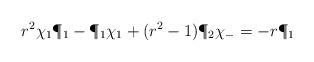
LaTeX: \begin{align*}r^2 \chi_1 \P_1-\P_1 \chi_1+(r^2-1) \P_2 \chi_-=-r\P_1\end{align*}